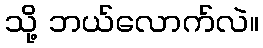
သို့ ဘယ်လောက်လဲ။